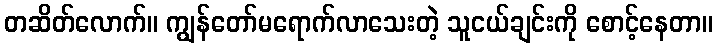
တဆိတ်လောက်။ ကျွန်တော်မရောက်လာသေးတဲ့ သူငယ်ချင်းကို စောင့်နေတာ။